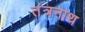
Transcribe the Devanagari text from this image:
तंत्रनाथ